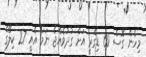
މިހެން ގޮސް 60 ޑިގްރީ އަށް ގުދުވެއްޖެ ނަމަ އެއީ 27 ކިލޯގެ